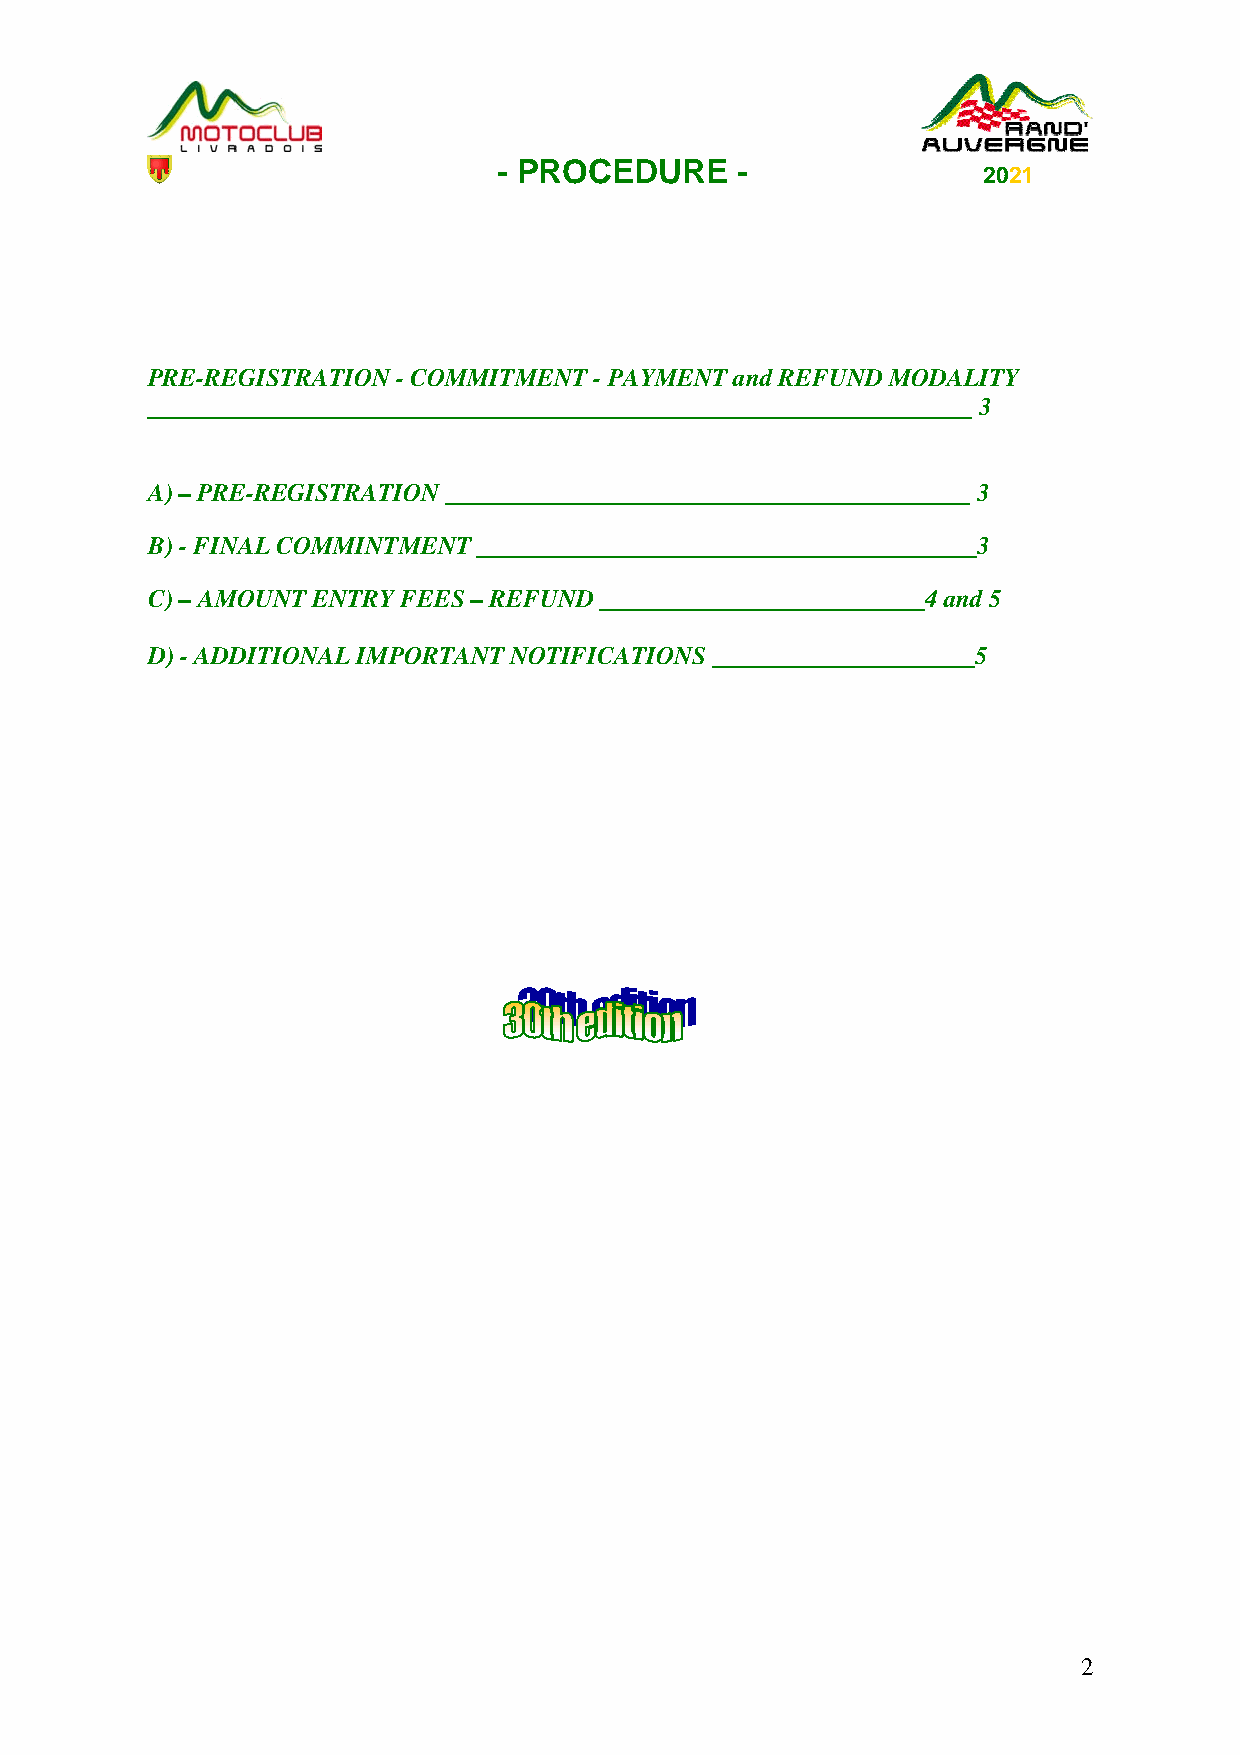
- PROCEDURE     -
 2021
 PRE-REGISTRATION - COMMITMENT - PAYMENT and REFUND MODALITY
 __________________________________________________________________ 3
 A) – PRE-REGISTRATION __________________________________________ 3
 B) - FINAL COMMINTMENT ________________________________________3
 C) – AMOUNT ENTRY FEES – REFUND __________________________4 and 5
 D) - ADDITIONAL IMPORTANT NOTIFICATIONS _____________________5
 2